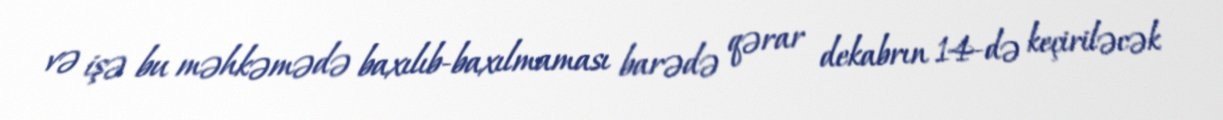
və işə bu məhkəmədə baxılıb-baxılmaması barədə qərar dekabrın 14-də keçiriləcək